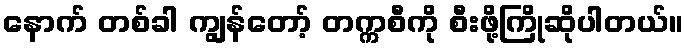
နောက် တစ်ခါ ကျွန်တော့် တက္ကစီကို စီးဖို့ကြိုဆိုပါတယ်။